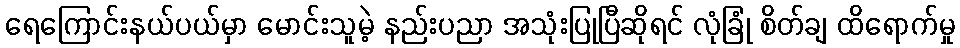
ရေကြောင်းနယ်ပယ်မှာ မောင်းသူမဲ့ နည်းပညာ အသုံးပြုပြီဆိုရင် လုံခြုံ စိတ်ချ ထိရောက်မှု